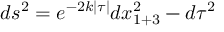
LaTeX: d s ^ { 2 } = e ^ { - 2 k | \tau | } d x _ { 1 + 3 } ^ { 2 } - d \tau ^ { 2 }